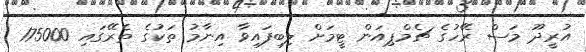
އުރީދޫ މަސް ރޭހުގެ ޗެމްޕިއަން ޓީމަށް ލިބިފައިވާ އިނާމު ތަކުގެ ތެރޭގައި 175000